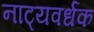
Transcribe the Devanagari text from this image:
नाट्यवर्धक